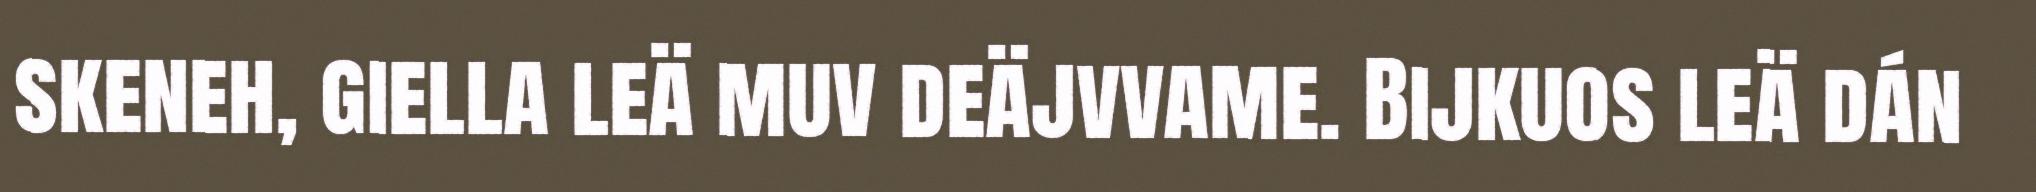
skeneh, giella leä muv deäjvvame. Bijkuos leä dán